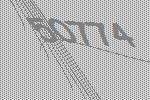
50774